Annual statistical returns and brief notes on vaccination in Bengal - 1909-1929
Year: 1909
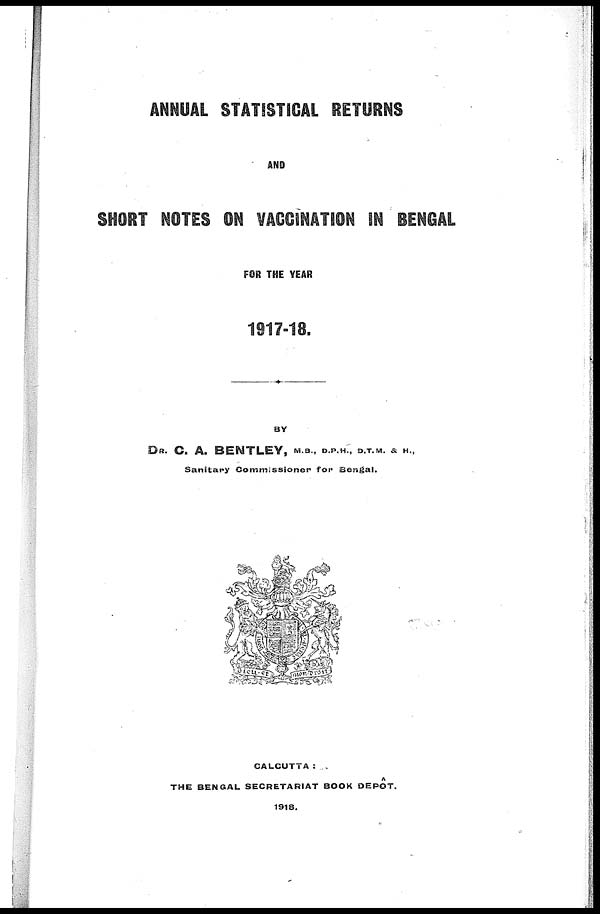
ANNUAL STATISTICAL RETURNS
AND
SHORT NOTES ON VACCINATION IN BENGAL
FOR THE YEAR
1917-18.
BY
DR. C. A. BENTLEY, M.B., D.P.H., D.T.M. & H.,
Sanitary Commissioner for Bengal.
CALCUTTA:
THE BENGAL SECRETARIAT BOOK DEPÔT.
1918.